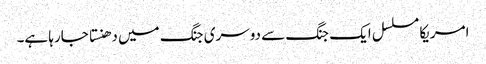
امریکا مسلسل ایک جنگ سے دوسری جنگ میں دھنستا جارہا ہے۔